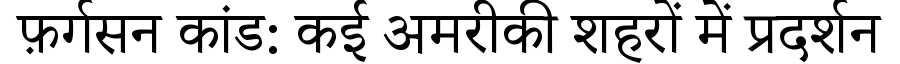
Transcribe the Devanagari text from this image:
फ़र्गसन कांड: कई अमरीकी शहरों में प्रदर्शन